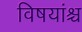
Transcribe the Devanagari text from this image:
विषयांश्च